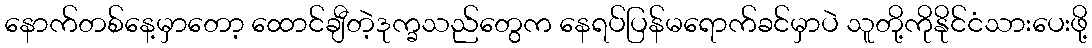
နောက်တစ်နေ့မှာတော့ ထောင်ချီတဲ့ဒုက္ခသည်တွေက နေရပ်ပြန်မရောက်ခင်မှာပဲ သူတို့ကိုနိုင်ငံသားပေးဖို့